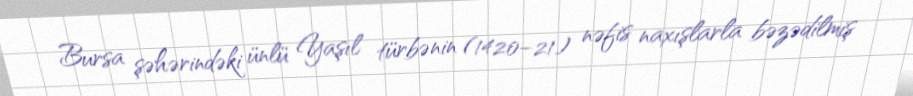
Bursa şəhərindəki ünlü Yaşıl türbənin (1420–21) nəfis naxışlarla bəzədilmiş